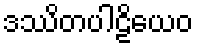
ဒဿိတပါဠိယေဝ